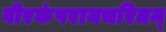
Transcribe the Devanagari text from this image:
वीरकंपरायचरितम्